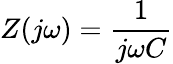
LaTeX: Z(j\omega)={\frac{1}{j\omega C}}